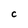
Character: C